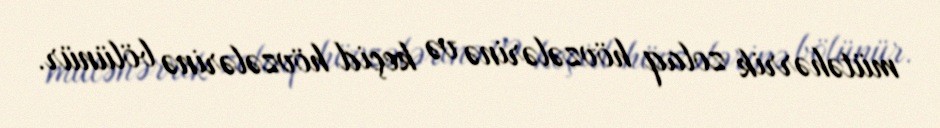
mütəhərrik zolaq hövzələrinə və keçid hövzələrinə bölünür.